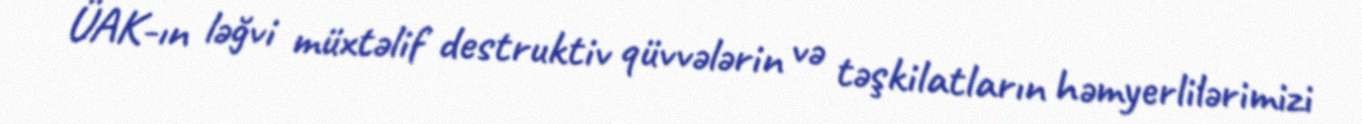
ÜAK-ın ləğvi müxtəlif destruktiv qüvvələrin və təşkilatların həmyerlilərimizi